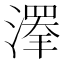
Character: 𱨰